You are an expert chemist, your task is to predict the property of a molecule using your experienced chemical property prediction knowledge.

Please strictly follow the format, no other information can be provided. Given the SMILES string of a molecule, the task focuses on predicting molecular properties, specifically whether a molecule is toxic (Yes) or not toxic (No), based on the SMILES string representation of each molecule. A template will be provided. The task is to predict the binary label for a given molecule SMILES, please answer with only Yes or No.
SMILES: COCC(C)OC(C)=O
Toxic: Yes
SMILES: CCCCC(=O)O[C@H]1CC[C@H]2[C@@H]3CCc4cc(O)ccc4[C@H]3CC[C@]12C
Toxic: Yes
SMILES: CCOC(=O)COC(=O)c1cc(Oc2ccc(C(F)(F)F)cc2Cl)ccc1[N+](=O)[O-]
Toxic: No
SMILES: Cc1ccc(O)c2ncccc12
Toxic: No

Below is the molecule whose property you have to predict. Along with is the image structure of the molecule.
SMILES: O=C1NCCN1CCN1CCC(c2cn(-c3ccc(F)cc3)c3ccc(Cl)cc23)CC1
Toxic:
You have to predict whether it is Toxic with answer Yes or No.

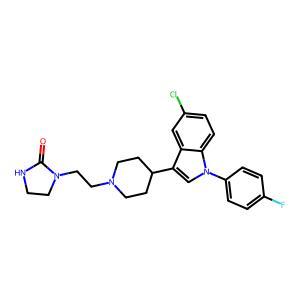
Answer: No